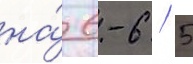
на́ 6-6 / 5